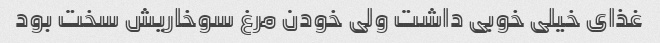
غذای خیلی خوبی داشت ولی خودن مرغ سوخاریش سخت بود